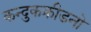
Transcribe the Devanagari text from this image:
कन्दुकक्रीडनो